Bréfritari: Guðrún Hallgrímsdóttir
Viðtakandi: Jakobína Magnúsdóttir
Dagsetning: A-1875-07-25
Skrifað á: Stafholtsey  Borg.

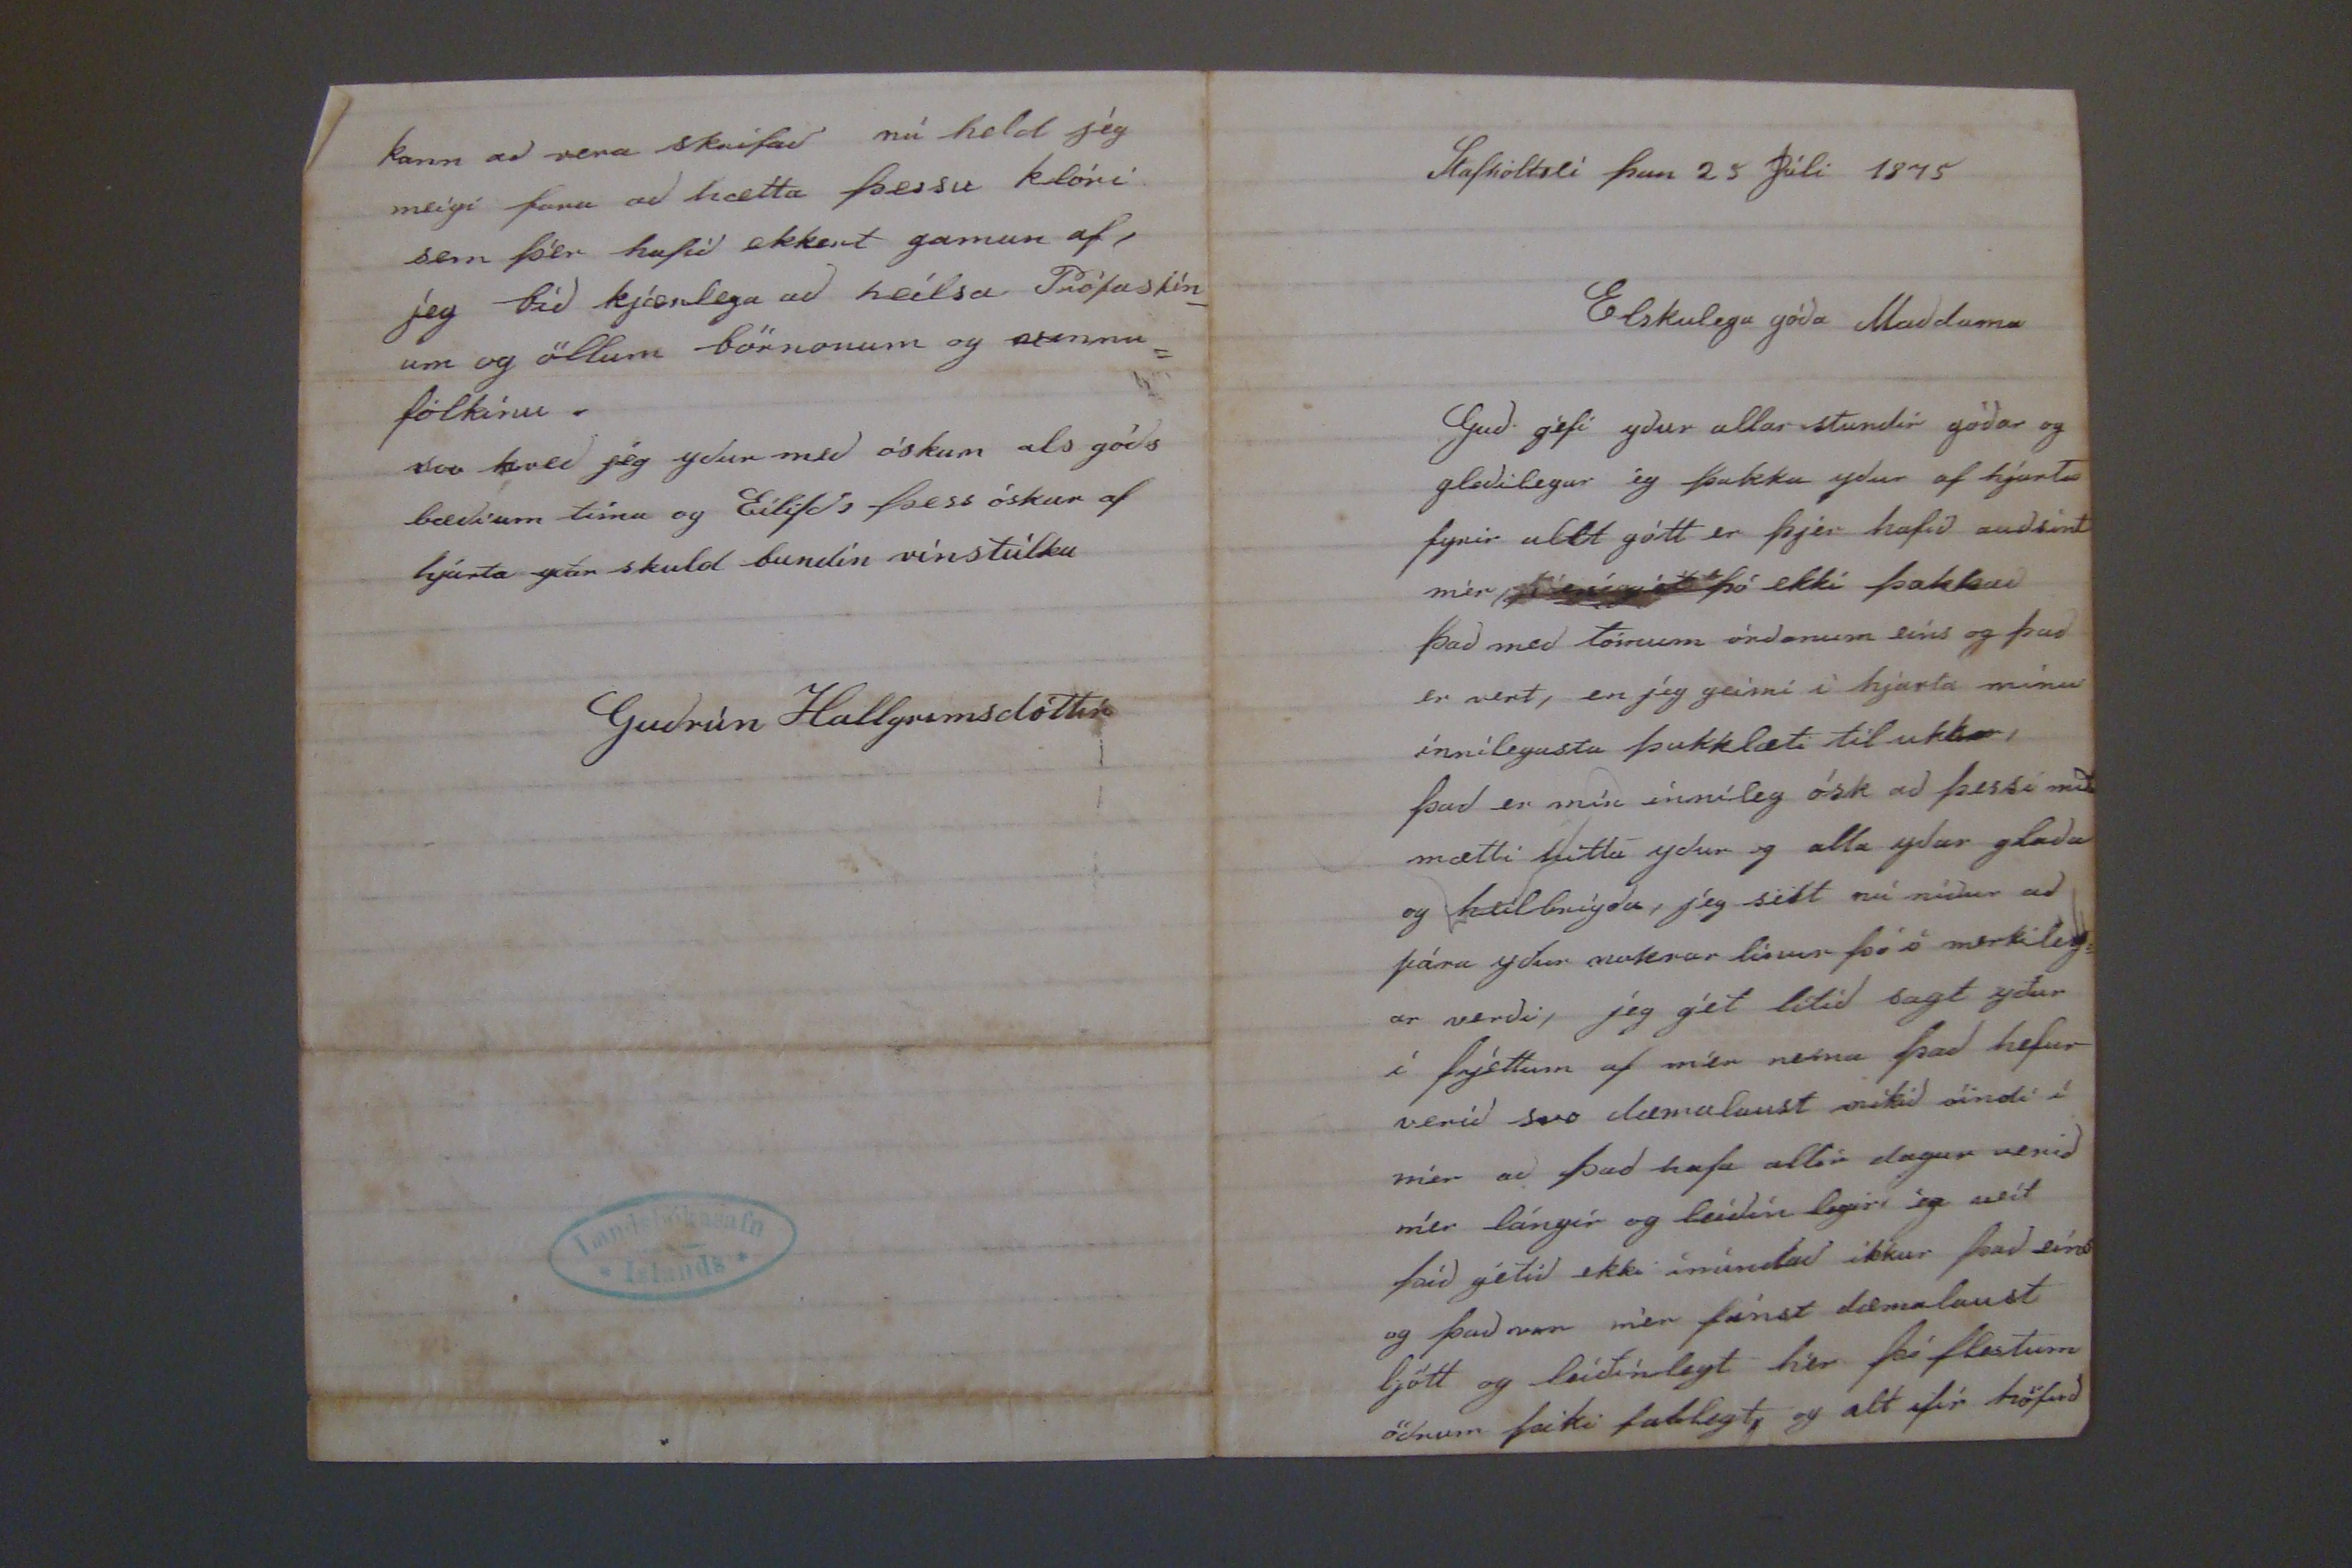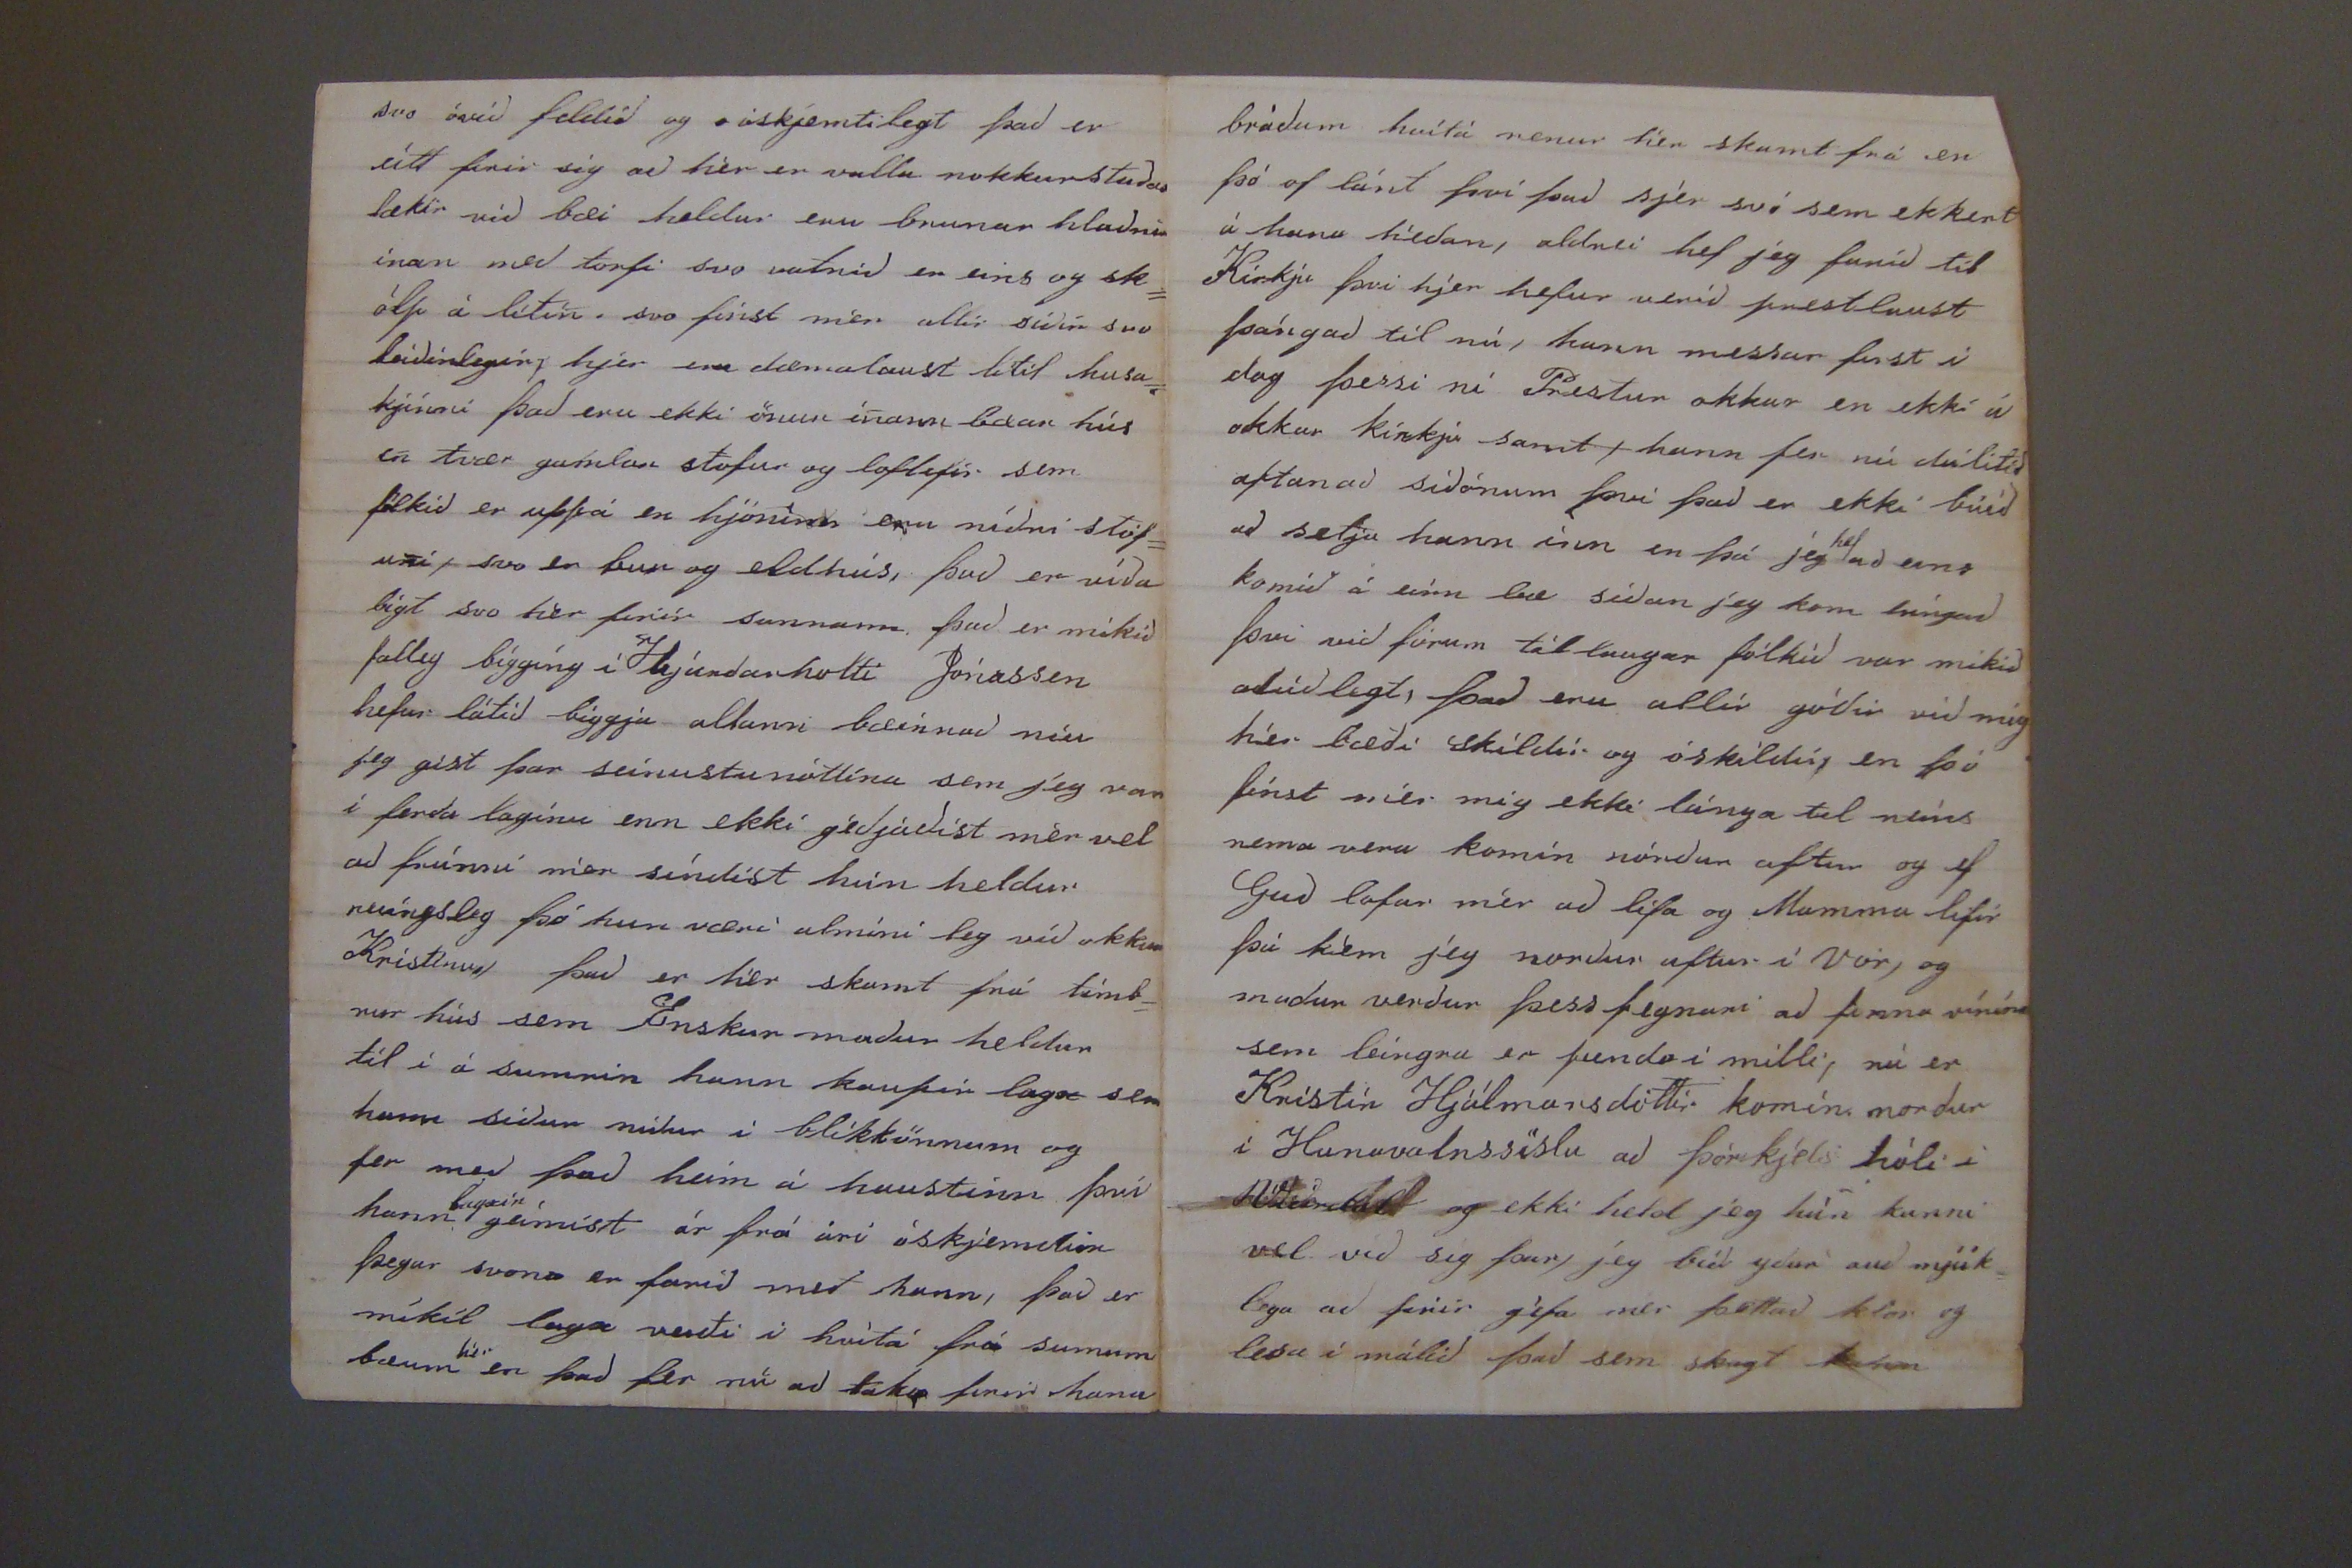

Stafholtsei þan 25 Júli 1875
Elskulega góða Maddama
Guð gefi yður allar stundir góðar og gleðilegar ég þakka yður af hjarta fyrir allt gótt er þjer hafið auðsínt mér,
þó ekki þakkað það með tómum órðonum eins og það er vert, en jeg geimi í hjarta mínu innilegustu þakklæti til ukkar, það er mín innileg ósk að þessi miði mætti hitta yður og alla yðar glaða og heilgbrigða, jeg sest nú niður að pára yður nokrar línur þó ó merkileg= ar verði, jeg gét lítið sagt yður í frjettum af mér nema það hefur verið svo dæmalaust mikið óindi í mér að það hafa allir dagar verið mér lángir og leðinlegir ég veit þið gétið ekki ímindað ikkur það eins og það var mér fanst dæmalaust ljótt og leiðínlegt hér þó flestum öðrum þiki fallegt, og alt ifir höfuð
svo
ívið feldið
og óskjemtilegt það er eitt firir sig að hér er valla nokkurstaðar lækir við bæi heldur eru brunar hlaðnir inan með torfi svo vatnið er eins og sk= ólp á litin. svo finst mér allir siðir svo leiðinlegir, hjer eru dæmalaust lítil husa= kjinni það eru ekki önur innann
l00ar
hús en tvær gamlar stofur og lof
lef00
sem fólkið er uppá en hjóninn eru niðri stof= unni, svo er bur og eldhus, það er víða bágt svo hér firir sunnann það er mikið falleg bíggíng í
0kjundarholti
Jónassen hefur látið biggja allann bæinn að níu jeg gist þar seinustu nóttina ssem jeg var í ferða laginu enn ekki geðjaðist mér vel að frúnni mér síndist hún heldur
00ngsleg
þó hun væri almini leg við okkur Kristinu, það er hér skamt frá timb= rur hús sem Enskur maður heldur til í á sumrin hann kaupir lægst sem hann síðan
milur
i blikkönnum og fer með það heim á haustinn því hann
0000in
geimist ár frá ári óskjemdur þegar svona er farið með hann, það er mikil laga verði i hvítá frá sumum bæum
hér
en það fer nú að taka firir hana
bráðum hvítá renur hér skamt frá en þó of lánt því það sjer svo sem ekkert á hana héðan, aldrei hef jeg farið til Kirkju þvi hjer hefur verið prestlaust þángað til nú, hann messar first í dag þessi ní Prestur okkar en ekki á okkar kirkju samt, hann fer nú dálitið aftan að siðónum þvi það er ekki búið að setja hann inn en þá jeg
hef
ad eins komið á eirn bæ síðan jeg kom híngað þvi við fórum til laugar fólkið var mikið alúðlegt, það eru allir góðir við mig hér bæði skildir og óskildir, en þó finst mér mig ekki lánga til neins nema vera komin nórður aftur og ef Guð lofar mér að lifa og Mamma lifir þá kem jeg norður aftur í Vor, og maður verður þess fegnari að finna vinina sem leíngra er
sund0
i milli, nú er Kristín Hjálmarsdottir komin norður í Hunavatnssíslu að Þórkjels hóli í
H0ðárdal
og ekki held jeg hún kunni vel við sig þar, jeg bið yður auðmjúk= lega að firir géfa mer þettað klór og lesa í málið það sem sk
0gt 000m
kann að vera skrifað nú held jeg meigi fara að hætta þessu klóri sem þér hafið ekkert gaman af, jeg bið kjærlega að heilsa Prófastin_ um og öllum börnonum og
v
innu= fólkinu. svo kveð jeg yður með óskum als góðs bæði um tíma og Eilífðs þess óskar af hjarta yðar skuld bundin vinstúlka
Guðrún Hallgrimsdóttir